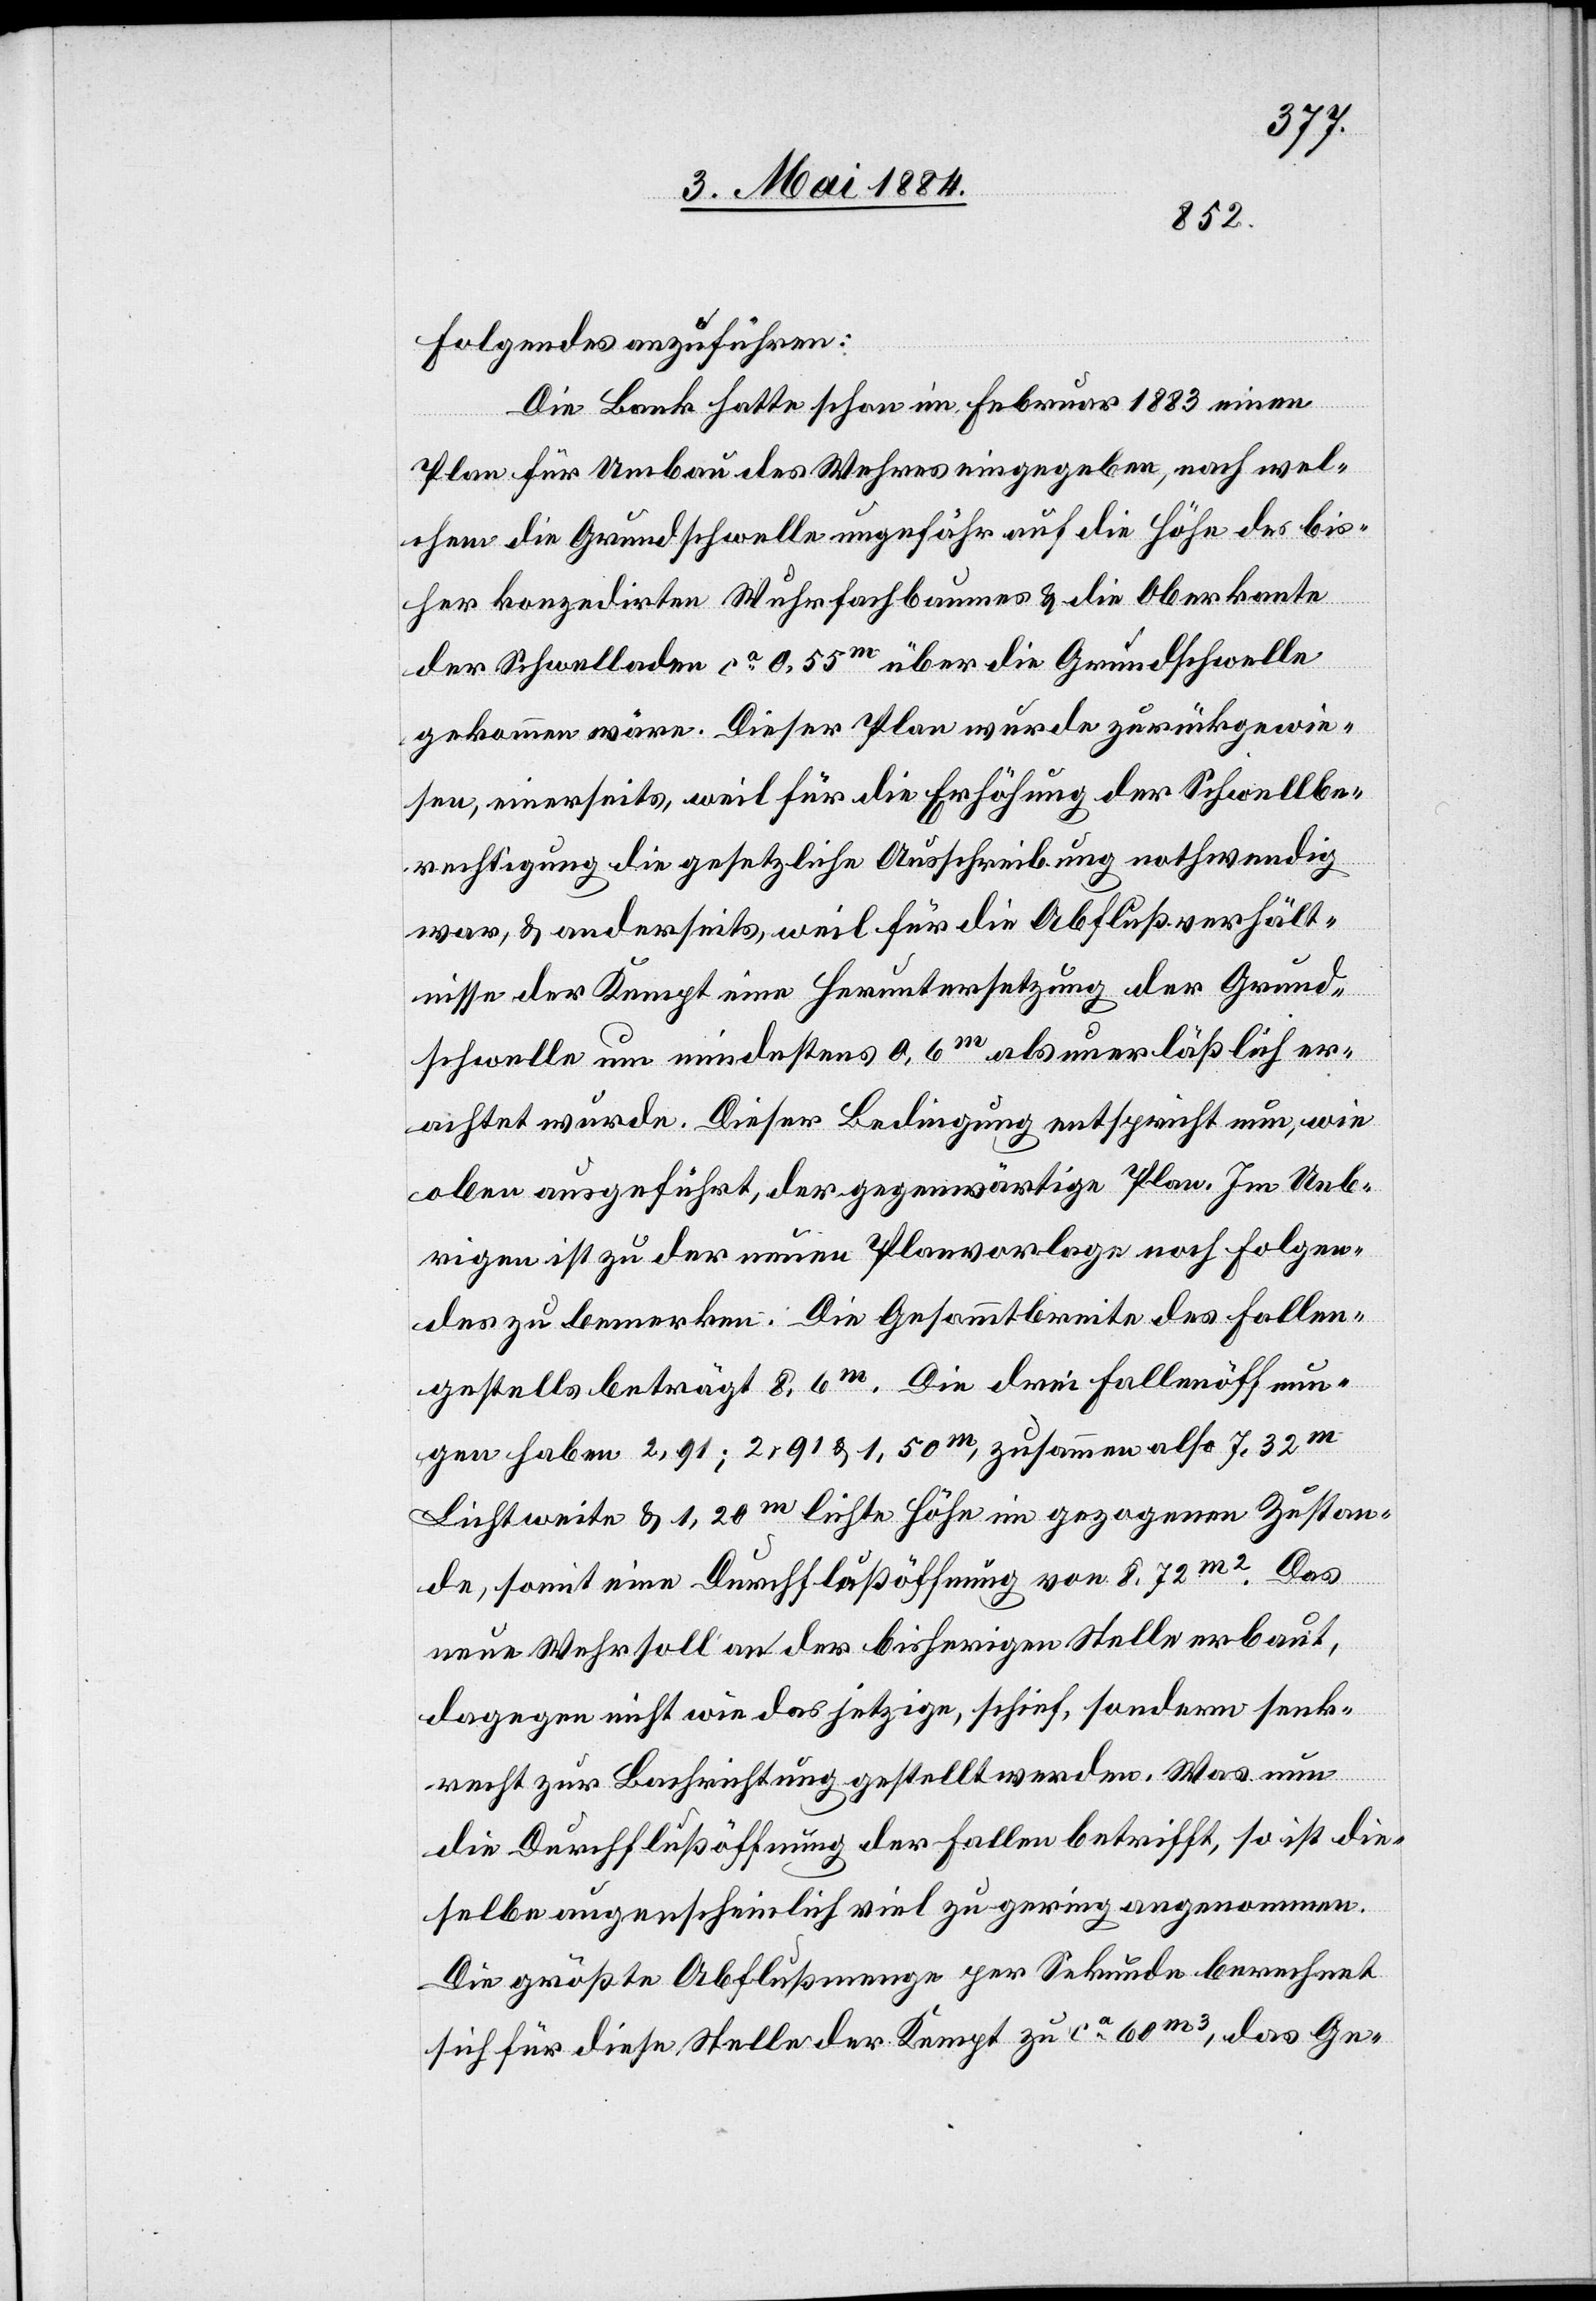
Folgendes anzuführen:
Die Bank hatte schon im Februar 1883 einen
Plan für Umbau des Wehres eingegeben, nach wel¬
chem die Grundschwelle ungefähr auf die Höhe des bis¬
her konzedirten Wehrfachbaumes & die Oberkante
der Schwelladen ca 0,55m über die Grundschwelle
gekommen wäre. Dieser Plan wurde zurückgewie¬
sen, einerseits, weil für die Erhöhung der Schwellbe¬
rechtigung die gesetzliche Ausschreibung nothwendig
war, & anderseits, weil für die Abflußverhält¬
nisse der Kempt eine Heruntersetzung der Grund¬
schwelle um mindestens 0,6m als unerläßlich er¬
achtet wurde. Dieser Bedingung entspricht nun, wie
oben ausgeführt, der gegenwärtige Plan. Im Ueb¬
rigen ist zu der neuen Planvorlage noch Folgen¬
des zu bemerken. Die Gesammtbreite des Fallen¬
gestells beträgt 8,6m. Die drei Fallöffnun¬
gen haben 2,91; 2,91 & 1,50m, zusammen also 7,32m
Lichtweite & 1,20m lichte Höhe im gezogenen Zustan¬
de, somit eine Durchlaßöffnung von 8,72m2. Das
neue Wehr soll an der bisherigen Stelle erbaut,
dagegen nicht wie das jetzige, schief, sondern senk¬
recht zur Bachrichtung gestellt werden. Was nun
die Durchflußöffnung der Fallen betrifft, so ist die¬
selbe augenscheinlich viel zu gering angenommen.
Die größte Abflußmenge per Sekunde berechnet
sich für diese Stelle der Kempt zu ca 60m3, das Ge-